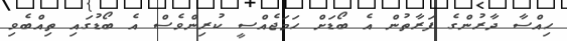
ހިއްސާ ދާރުންގެ ފަރާތުން އެ ބޯޑަށް ހަމަޖެއްސީ ކުރިންވެސް އެ ބޯޑުގައި ތިއްބެވި